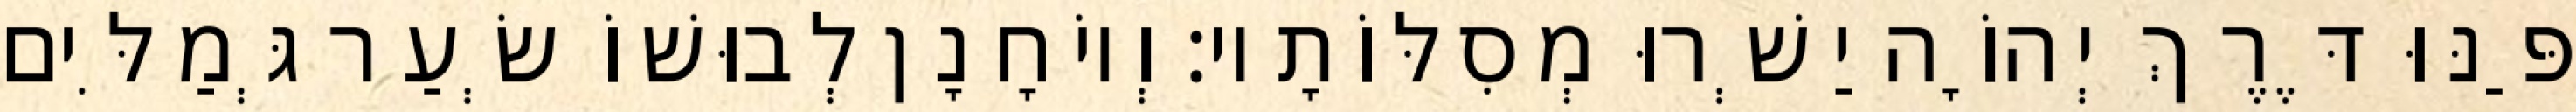
פַּנּוּ דֶּרֶךְ יְהוָֹה יַשְׁרוּ מְסִלּוֹתָיו׃ וְיוֹחָנָן לְבוּשׁוֹ שְׂעַר גְּמַלִּים